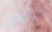
الخنادق